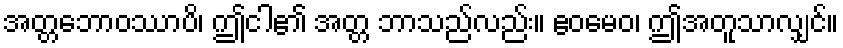
အတ္တဘောဝဿာပိ၊ ဤငါ၏ အတ္တ ဘာသည်လည်း။ ဧဝမေဝ၊ ဤအတူသာလျှင်။